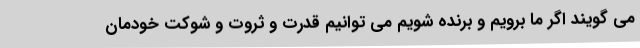
می گویند اگر ما برویم و برنده شویم می توانیم قدرت و ثروت و شوکت خودمان